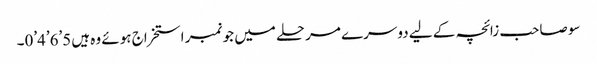
سو صاحب زائچہ کے لیے دوسرے مرحلے میں جو نمبر استخراج ہوئے وہ ہیں5’6’4’0۔